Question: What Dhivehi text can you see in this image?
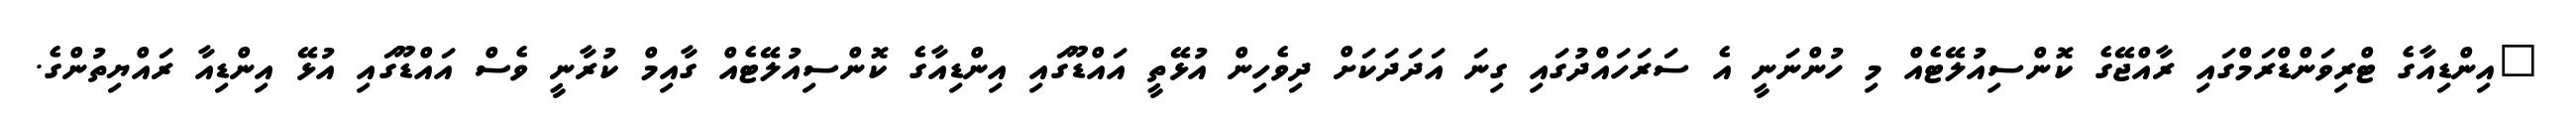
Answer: "އިންޑިއާގެ ޓްރިވަންޑްރަމްގައި ރާއްޖޭގެ ކޮންސިއުލޭޓެއް މި ހުންނަނީ އެ ސަރަހައްދުގައި ގިނަ އަދަދަކަށް ދިވެހިން އުޅޭތީ އައްޑޫގައި އިންޑިއާގެ ކޮންސިއުލޭޓެއް ގާއިމް ކުރާނީ ވެސް އައްޑޫގައި އުޅޭ އިންޑިއާ ރައްޔިތުންގެ.